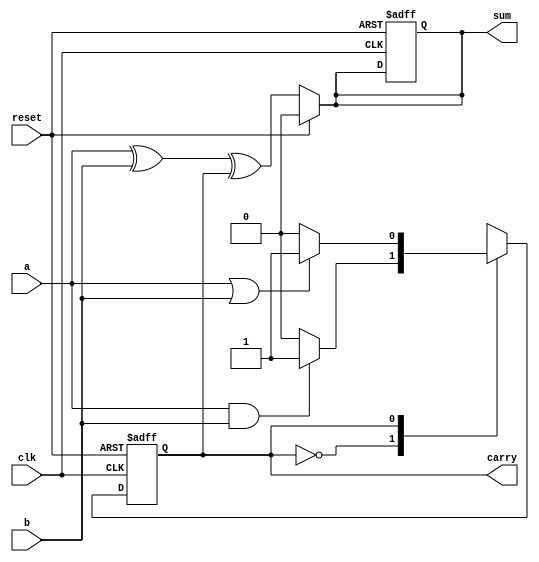
// Serial Adder FSM
//----------------------------------
// Type : module
// Contact : mathewtg.mec@gmail.com
//------------------
//------------------
// Notes :- Serial Adder using carry as the state variable
//

module serialAdderFSM(a,b,clk,reset,sum,carry);
	input a,b,clk,reset;
	//output sum;
	output reg sum,carry;

	reg C_NS;

	parameter C0 = 1'b0, C1 = 1'b1;

	always @(posedge clk, posedge reset)
	begin
		if (reset)
		begin
			sum  <= 1'b0;
			carry <= C0;
		end
		else
			carry <= C_NS;
	end

	always @(carry,a,b)
	begin
		case (carry)
			C0 : C_NS = (a & b) ? C1 : C0;
			C1 : C_NS = (a | b) ? C1 : C0;
			default : C_NS = carry;
		endcase
		
	end

	always @(reset,carry,a,b)
	begin
		if (reset)
			sum = 1'b0;
		else
			sum = (a ^ b ^ carry);
	end
endmodule